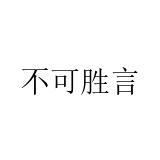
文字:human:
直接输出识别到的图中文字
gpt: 不可胜言